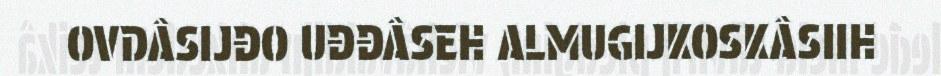
OVDÂSIJĐO UĐĐÂSEH ALMUGIJKOSKÂSIIH